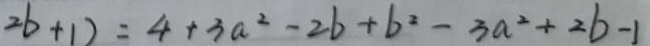
2 b + 1 ) = 4 + 3 a ^ { 2 } - 2 b + b ^ { 2 } - 3 a ^ { 2 } + 2 b - 1